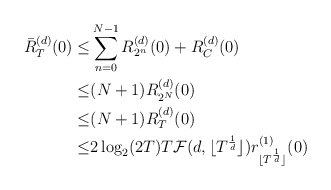
\begin{align*}\bar{R}^{(d)}_T(0)\leq&\sum_{n=0}^{N-1}R^{(d)}_{2^n}(0)+R^{(d)}_C(0)\\\leq&(N+1)R^{(d)}_{2^N}(0)\\\leq&(N+1)R^{(d)}_{T}(0)\\\leq&2\log_2(2T)T\mathcal{F}(d,\lfloor T^{\frac{1}{d}}\rfloor)r^{(1)}_{\lfloor T^{\frac{1}{d}}\rfloor}(0)\end{align*}